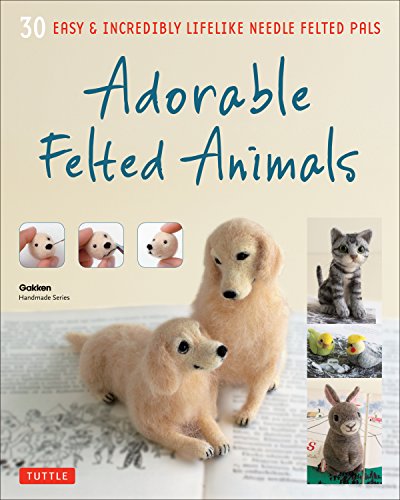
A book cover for Adorable Felted Animals: 30 Easy & Incredibly Lifelike Needle Felted Pals (Gakken Handmade); Gakken Handmade Series; Crafts, Hobbies & Home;